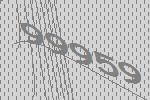
99959